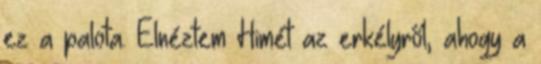
ez a palota. Elnéztem Himét az erkélyről, ahogy a